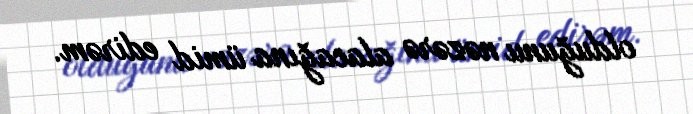
olduğunu nəzərə alacağına ümid edirəm.